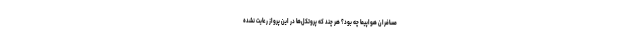
مسافران هواپیما چه بود؟ هر چند که پروتکل‌ها در این پرواز رعایت نشده